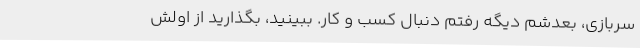
سربازی، بعدشم دیگه رفتم دنبال کسب و کار. ببینید، بگذارید از اولش